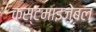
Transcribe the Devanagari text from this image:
कस्टमाइज़ेबल